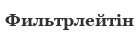
Фильтрлейтін